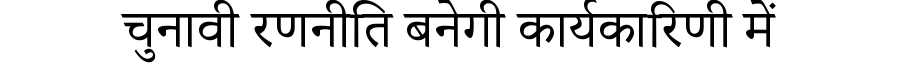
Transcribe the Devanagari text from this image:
चुनावी रणनीति बनेगी कार्यकारिणी में